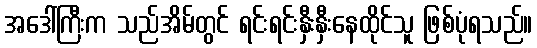
အဒေါ်ကြီးက သည်အိမ်တွင် ရင်းရင်းနှီးနှီးနေထိုင်သူ ဖြစ်ပုံရသည်။